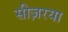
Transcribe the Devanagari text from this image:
सीज़रया